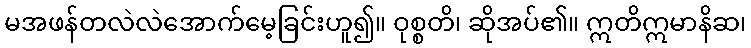
မအဖန်တလဲလဲအောက်မေ့ခြင်းဟူ၍။ ဝုစ္စတိ၊ ဆိုအပ်၏။ ဣတိဣမာနိဆ၊